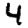
Digit: 4